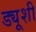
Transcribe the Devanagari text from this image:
ड्यूशी